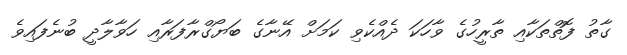
ގާތު ފޮތްތަކާއި ތާރީހުގެ ވާހަކަ ދެއްކެވި ކަމަށް އޭނާގެ ބަޔޯގްރާފަރާއި ހަވާލާދީ ބުނެފައިވެ